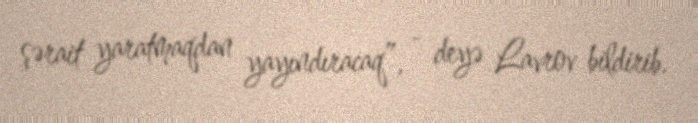
şərait yaratmaqdan yayındıracaq”, - deyə Lavrov bildirib.